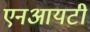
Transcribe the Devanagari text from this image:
एनआयटी